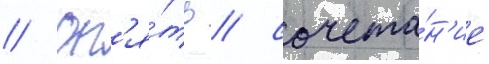
// Оп'я́ть / сочета́н'ие